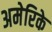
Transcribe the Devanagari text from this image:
अमेरिके